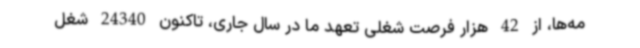
مه‌ها، از 42 هزار فرصت شغلی تعهد ما در سال جاری، تاکنون 24340 شغل